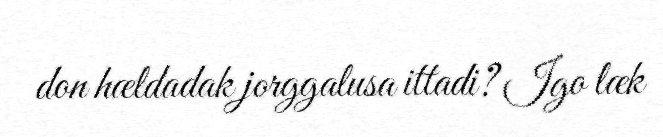
don hældadak jorggalusa ittadi? Igo læk